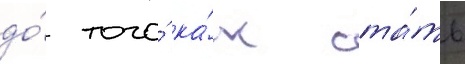
до́ того́ ка́к ста́ть